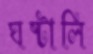
ঘষ্‌টালি